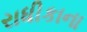
રાધીકાના